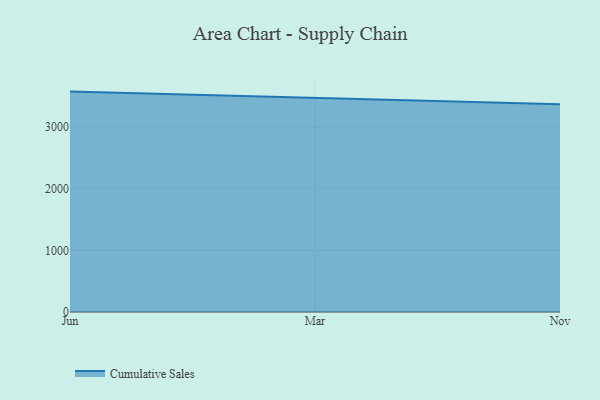
{"axis": {"x": "Month", "y": "Headcount"}, "legend": ["Cumulative Sales"], "data": [{"x": "Jun", "y": 3578.1, "type": "Cumulative Sales"}, {"x": "Mar", "y": 3481.2, "type": "Cumulative Sales"}, {"x": "Nov", "y": 3372.1, "type": "Cumulative Sales"}]}